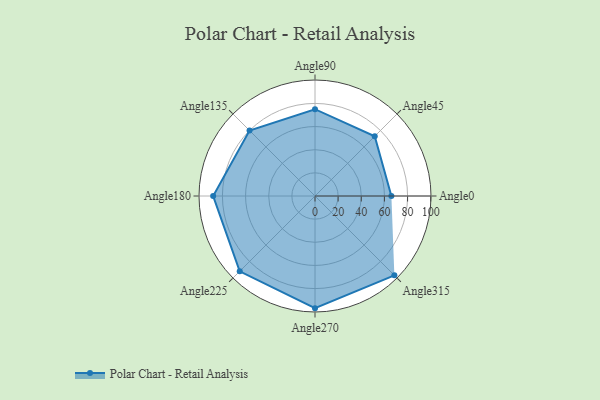
{"axis": {"x": "Angle", "y": "Radius"}, "legend": [""], "data": [{"x": "Angle0", "y": 66.0, "type": ""}, {"x": "Angle45", "y": 73.0, "type": ""}, {"x": "Angle90", "y": 75.0, "type": ""}, {"x": "Angle135", "y": 80.0, "type": ""}, {"x": "Angle180", "y": 88.0, "type": ""}, {"x": "Angle225", "y": 92.0, "type": ""}, {"x": "Angle270", "y": 97.0, "type": ""}, {"x": "Angle315", "y": 97.0, "type": ""}]}